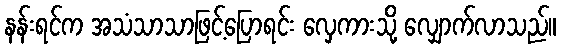
နန်းရင်က အသံသာသာဖြင့်ပြောရင်း လှေကားသို့ လျှောက်လာသည်။